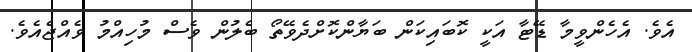
އެވެ. އެހެންވީމާ ޑޭޓާ އަކީ ކޮބައިކަން ބަޔާންކޮށްދެވޭތޯ ބެލުން ވެސް މުހިއްމު ވެއްޖެއެވެ.